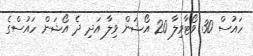
ހައުސް 30 ވޯޓާވިލާ 20 އޯޝަން ވިލާ އަދި ދެ އޯޝަން ހައުސްގެ